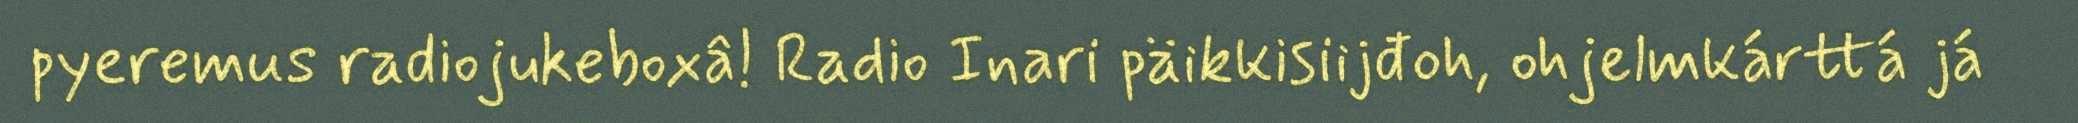
pyeremus radiojukeboxâ! Radio Inari päikkisiijđoh, ohjelmkárttá já